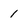
Character: 1